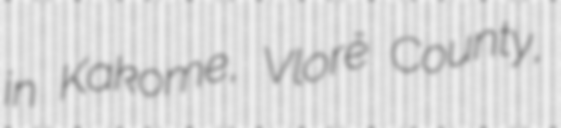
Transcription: in Kakome, Vlorë County,